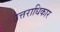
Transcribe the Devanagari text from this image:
उत्तराधिकार